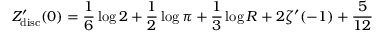
Z _ { \mathrm { d i s c } } ^ { \prime } ( 0 ) = { \frac { 1 } { 6 } } \log 2 + { \frac { 1 } { 2 } } \log \pi + { \frac { 1 } { 3 } } \log R + 2 \zeta ^ { \prime } ( - 1 ) + { \frac { 5 } { 1 2 } }